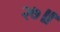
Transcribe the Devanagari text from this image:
२७॥